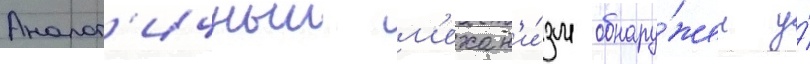
Аналог'ичныи м'ехан'и́зм обнару́жен у́